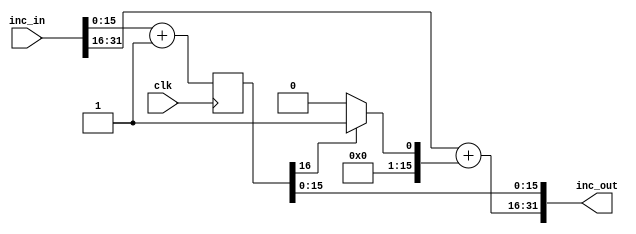
module mc_incn_r(clk, inc_in, inc_out);

	parameter	incN_width = 32;

	input		clk;
	input	[incN_width-1:0]	inc_in;
	output	[incN_width-1:0]	inc_out;

	parameter	incN_center = incN_width / 2;

	reg	[incN_center:0]		out_r;
	wire	[31:0]			tmp_zeros = 32'h0;
	wire	[incN_center-1:0]	inc_next;

	always @(posedge clk)
		out_r <= #1 inc_in[incN_center - 1:0] + {tmp_zeros[incN_center-2:0], 1'h1};

	assign inc_out[incN_width-1:incN_center] = inc_in[incN_width-1:incN_center] + inc_next;

	assign inc_next = out_r[incN_center] ?
				{tmp_zeros[incN_center-2:0], 1'h1} : tmp_zeros[incN_center-2:0];

	assign inc_out[incN_center-1:0]  = out_r;

endmodule